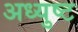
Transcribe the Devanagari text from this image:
अध्युष्ट